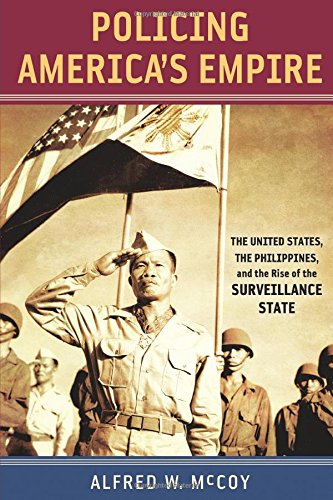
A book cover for Policing America's Empire: The United States, the Philippines, and the Rise of the Surveillance State (New Perspectives in Se Asian Studies); Alfred W. McCoy; History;